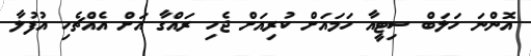
އޮންނަ ހަލަބް ސިޓީއާ ހަމައަށް ކުރިއަށް ޖެހި ރައްގާ އަށް އެއްޗެހި އުފުލާ